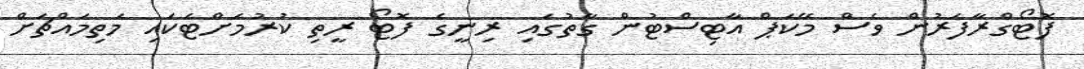
ފޮޓޯގްރާފަރުން ވެސް މޭކަޕް އާޓިސްޓުން ގާތުގައި ރިނީގެ ފޮޓޯ ރީތި ކުރުމަށްޓަކައި މަތިމައްޗަށް